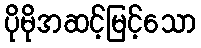
ပိုမိုအဆင့်မြင့်သော